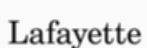
Lafayette